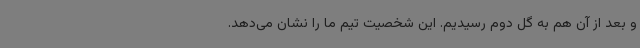
و بعد از آن هم به گل دوم رسیدیم. این شخصیت تیم ما را نشان می‌دهد.